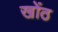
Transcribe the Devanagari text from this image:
खोंठ